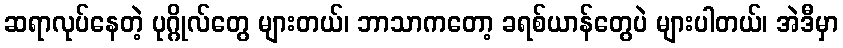
ဆရာလုပ်နေတဲ့ ပုဂ္ဂိုလ်တွေ များတယ်၊ ဘာသာကတော့ ခရစ်ယာန်တွေပဲ များပါတယ်၊ အဲဒီမှာ